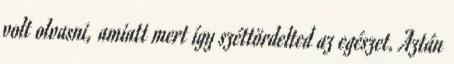
volt olvasni, amiatt mert így széttördelted az egészet. Aztán